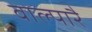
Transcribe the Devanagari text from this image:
वाल्पारै